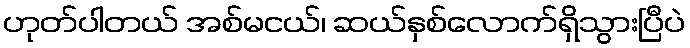
ဟုတ်ပါတယ် အစ်မငယ်၊ ဆယ်နှစ်လောက်ရှိသွားပြီပဲ